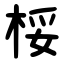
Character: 桵